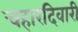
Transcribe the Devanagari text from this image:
चहारदिवारी